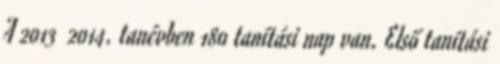
A 2013 2014. tanévben 180 tanítási nap van. Első tanítási